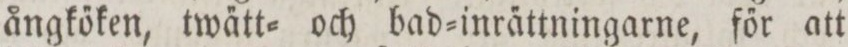
ångkőken, twa̋tt= och bad=inra̋ttningarne, főr att